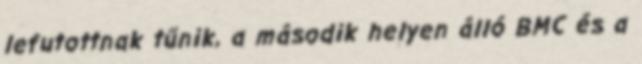
lefutottnak tűnik, a második helyen álló BMC és a